system: You are a helpful assistant.
user:
Analyze the provided spectrum to determine if it is a **M-type Giant (gM)**.

A M-type Giant spectrum is defined by its **strong molecular absorption** features, particularly from **Titanium Oxide (TiO)**. You must check for one of the following mutually exclusive signatures:

- **Key Visual Indicators (Absorption-Dominated Spectrum):**

    - **(Primary):** The spectrum is dominated by strong molecular absorption from **Titanium Oxide (TiO)**. This is the **defining feature** of its M-type temperature class.
        - **(Key Bandheads):** Look for sharp, "saw-tooth" absorption valleys. The strongest are located near **~7050 Å**, **~6160 Å**, and **~5170 Å**.
        - **(Line Profile):** The "saw-tooth" morphology is critical: a **sharp, steep drop on the BLUE (short-wavelength) side** of the bandhead, followed by a gradual recovery (rising flux) towards the RED (long-wavelength) side.

    - **(Key Confirmation - Giant vs. Dwarf):** **ABSENCE** of strong **Calcium Hydride (CaH)** molecular bands. This is the primary diagnostic for *excluding* M-dwarfs.
        - **(Key Region):** The spectrum should lack the strong, broad absorption band seen in dwarfs between **~6800 Å and ~7000 Å**.

    - **(Secondary Confirmation - Giant):** A very strong and broad **Neutral Calcium (Ca I)** atomic absorption line.
        - **(Key Line):** Located at **~4226 Å**. In a giant (gM), this line is significantly deeper and broader than the same line in an M-dwarf (dM) due to low surface gravity.

    - **(Overall Spectrum):**
        - The continuum is **extremely red-sloping** (i.e., flux is very low in the blue and rises dramatically towards the red).
        - The entire spectrum appears "chopped up" by the deep TiO bands.

Think first, call **spectral_visualization_tool** if needed to examine features in detail, then provide your final answer. Your response must adhere to the following strict rules:
1.  **Overall Structure:** Your response must follow the format `<think>...</think> <tool_call>...</tool_call> (if a tool is used) <answer>...</answer>`.
2.  **Tool Usage Constraint:** You may only make **one** tool call per turn.
3.  **Final Answer Format:** In the `<answer>` tag, your conclusion must be inside a `\boxed{}` command (e.g., `\boxed{YES}` or `\boxed{NO}`), followed by your justification.

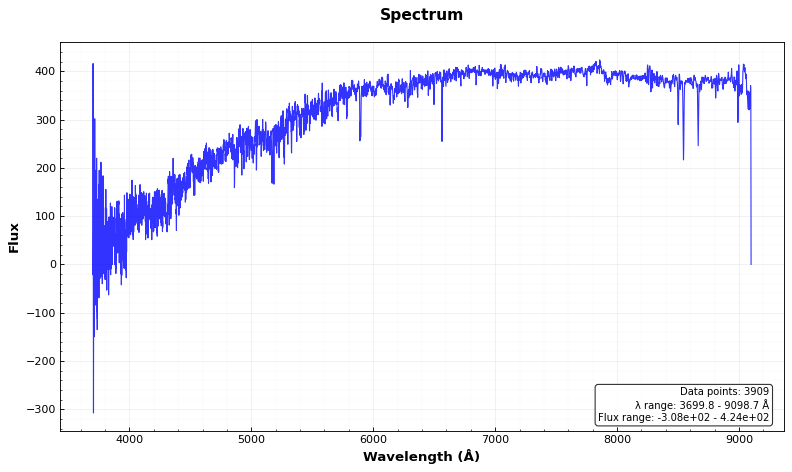
Answer: NO